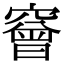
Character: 䆵